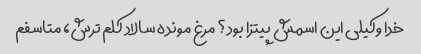
خدا وکیلی این اسمش پیتزا بود؟ مرغ مونده سالاد کلم ترش، متاسفم